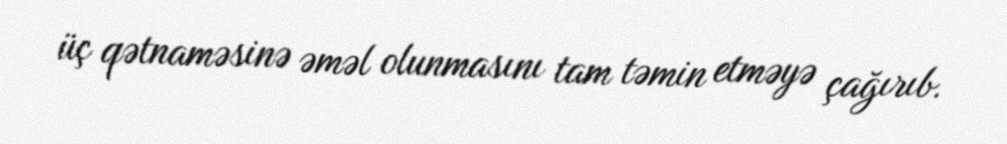
üç qətnaməsinə əməl olunmasını tam təmin etməyə çağırıb.